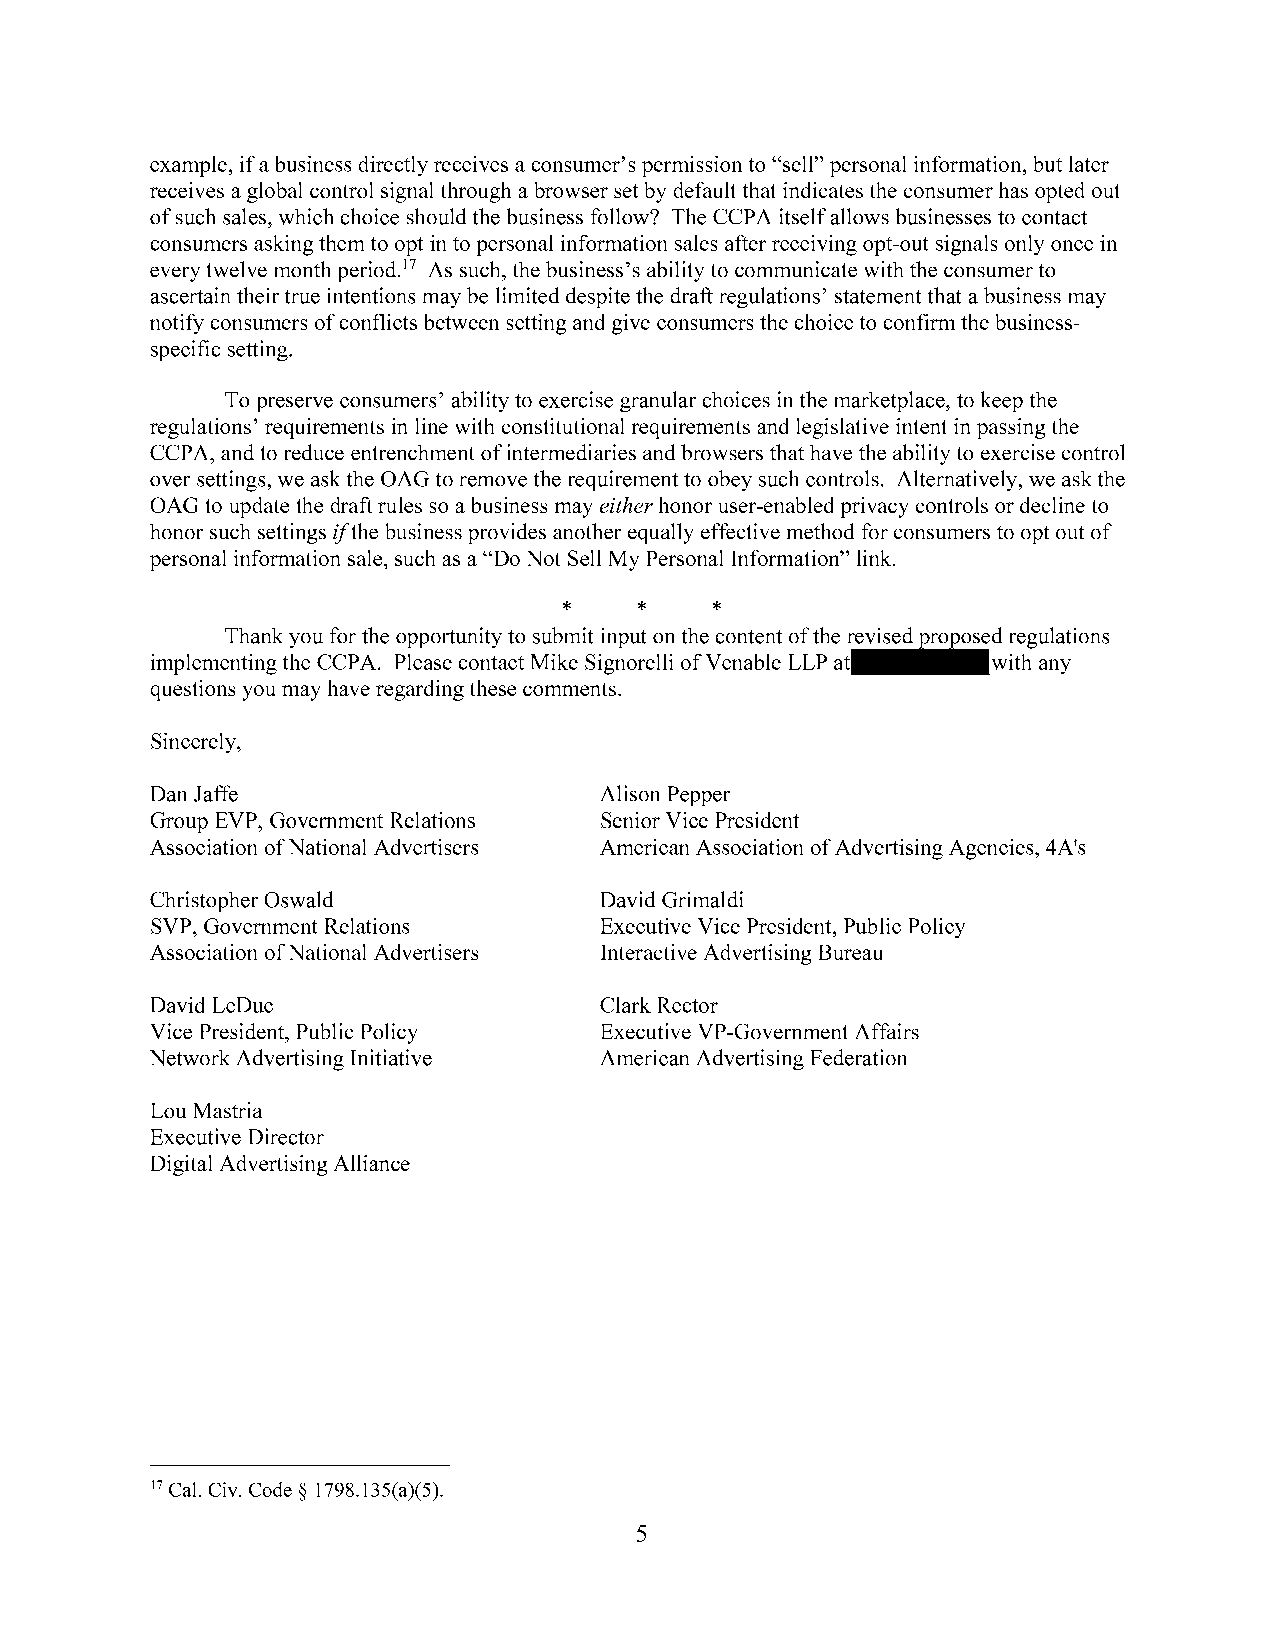
example, if a business directly receives a consumer's permission to "sell" personal information, but later
 receives a global control signal through a browser set by default that indicates the consumer has opted out
 of such sales, which choice should the business follow? The CCPA itself allows businesses to contact
 consumers asking them to opt in to personal information sales after receiving opt-out signals only once in
 every twelve month period.17 As such, the business's ability to communicate with the consumer to
 ascertain their true intentions may be limited despite the draft regulations' statement that a business may
 notify consumers of conflicts between setting and give consumers the choice to confirm the business­
 specific setting.
 To preserve consumers' ability to exercise granular choices in the marketplace, to keep the
 regulations' requirements in line with constitutional requirements and legislative intent in passing the
 CCPA , and to reduce entrenchment of intermediaries and browsers that have the ability to exercise control
 over settings, we ask the OAG to remove the requirement to obey such controls. Alternatively, we ask the
 OAG to update the draft rules so a business may either honor user-enabled privacy controls or decline to
 honor such settings ifthe business provides another equally effective method for consumers to opt out of
 personal information sale, such as a "Do Not Sell My Personal Information" link.
 *    *    *
 Thank you for the opportunity to submit input on the content of the r~dregulations
 implementing the CCPA . Please contact Mike Signorelli of Venable LLP at----with any
 questions you may have regarding these comments.
 Sincerely,
 Dan Jaffe                     Alison Pepper
 Group EVP, Government Relations Senior Vice President
 Association ofNational Advertisers American Association of Advertising Agencies, 4A's
 Christopher Oswald            David Grimaldi
 SVP, Government Relations     Executive Vice President, Public Policy
 Association ofNational Advertisers Interactive Advertising Bureau
 DavidLeDuc                    Clark Rector
 Vice President, Public Policy Executive VP-Government Affairs
 Network Advertising Initiative American Advertising Federation
 Lou Mastria
 Executive Director
 Digital Advertising Alliance
 17 Cal. Civ. Code § 1798.135(a)(5).
 5